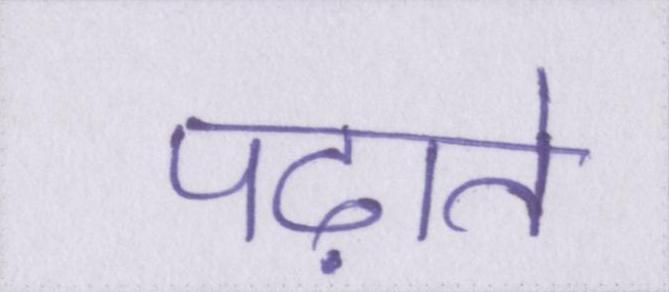
पढ़ाते